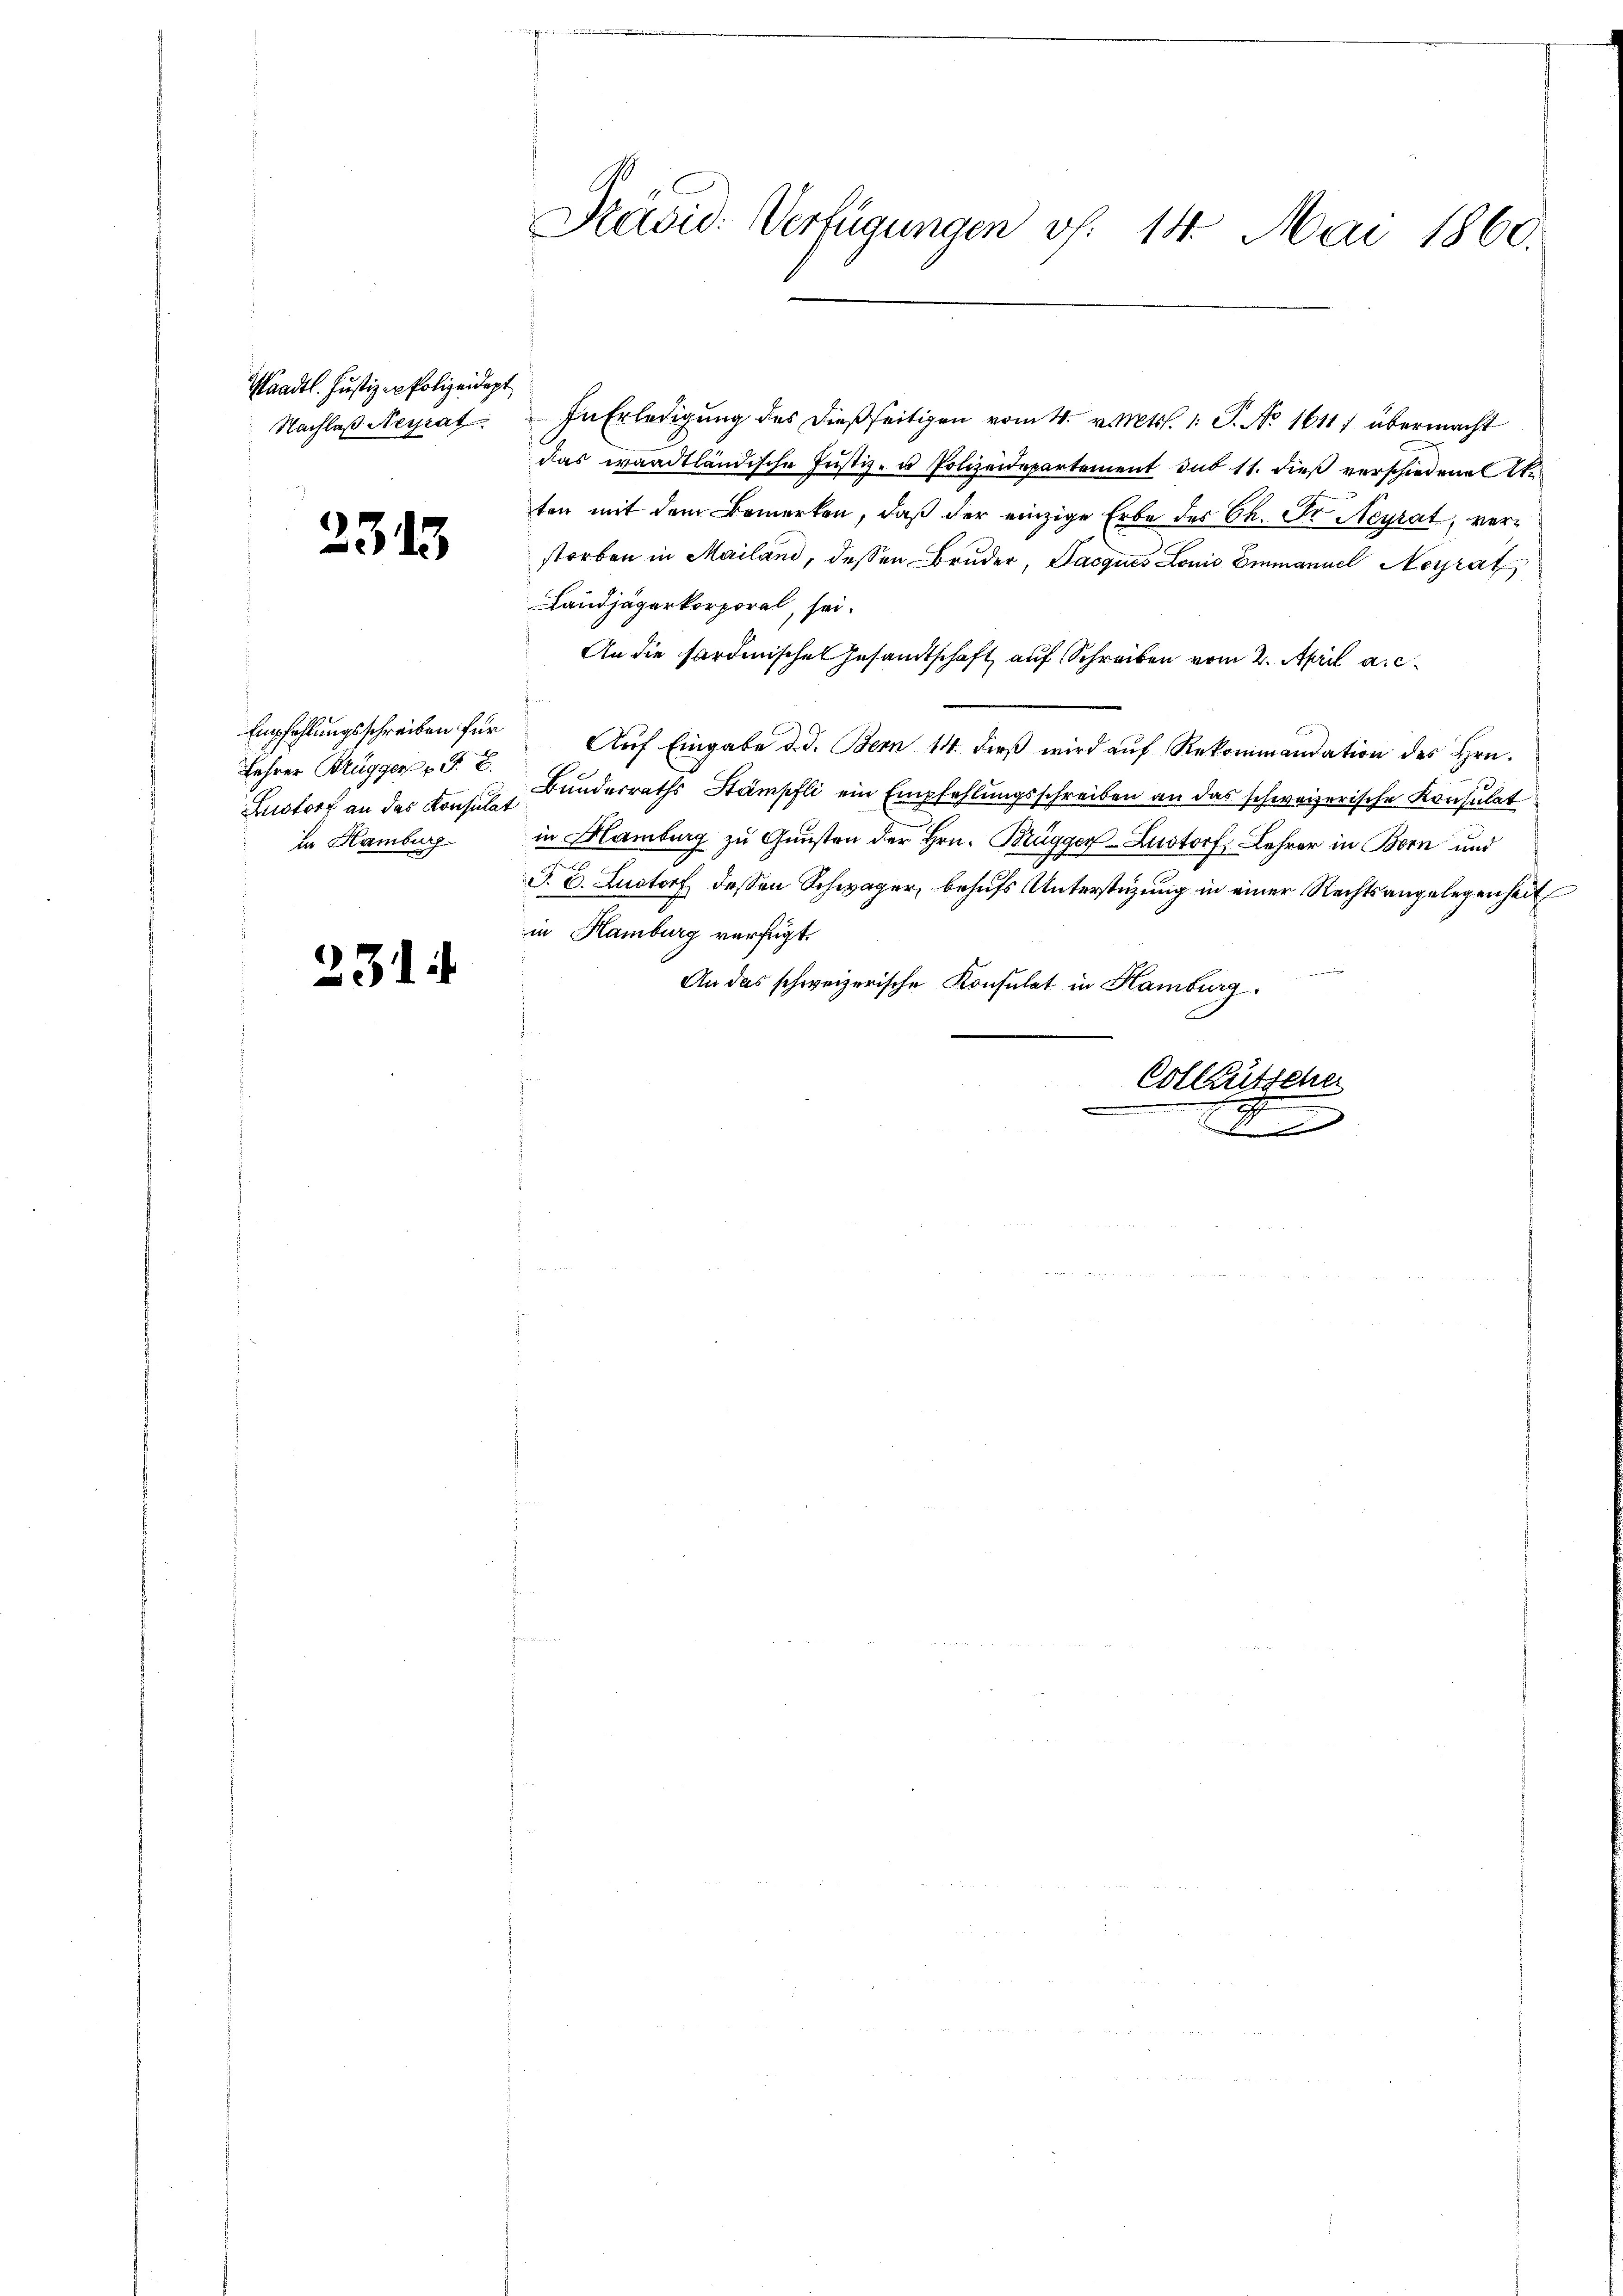
Saadtl. Justiz - Polizeidept

2315

Lehrer Brügger. E
in Hamburg

231

Nachlaβ Neyrat. In Erledigŭng des dießseitigen vom 4. v. Mts. 1. P. No 1611) übermacht
das waadtländische Justiz- u Polizeidepartement sub 11. dieß verschiedene Ste
ten mit dem Bemerken, daß der einzige Erbe des C. Fr. Heyrat, verstorben in Mailand, dessen Bruder, Jacques Louis Emmannel Neyrat
Landjägerkorporal, sei.
An die Fardinischen Gesandtschaft auf Schreiben vom 2. April a. c.
Empfehlŭngsschreiben für Aŭf Eingabe d. d. Bern 14. dieβ wird aŭf Rekommandation des Hrn.
Anstorf an das Konsuls Bunderraths Stämpfli ein Empfehlungsschreiben an das schweizerische Konsulat
in Flamburg zu Gunsten der Hrn. Brügger Lustorf, Lehrer in Bern und
J. C. Lustorf, dessen Schwager, behufs Unterstüzung in einer Rechtsangelegenheit
in Hamburg verfügt.
An das schweizerische Konsulat in Hamburg.
Collaussehe
.

Präsid. Verfügungen vf. 14. Mai 1860.

d